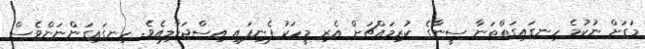
މަގަށް ނުކުމެ ހިނގައިގަތްތަނާ ސީނާގެ ކުރިމައްޗަށް އެރި މީހަކު ފެނިފައި އިސްޖަހާލިއެވެ. ހިނގައިގަންނަންވެސް